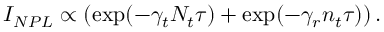
I _ { N P L } \propto \left( \exp ( - \gamma _ { t } N _ { t } \tau ) + \exp ( - \gamma _ { r } n _ { t } \tau ) \right) .